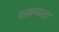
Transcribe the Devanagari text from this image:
शक्रमाता